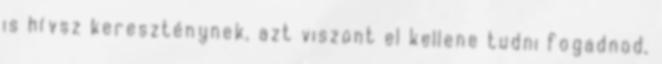
is hívsz kereszténynek, azt viszont el kellene tudni fogadnod,